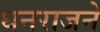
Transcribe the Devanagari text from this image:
धनराजने